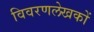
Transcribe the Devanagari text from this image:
विवरणलेखकों